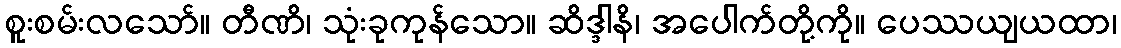
စူးစမ်းလသော်။ တီဏိ၊ သုံးခုကုန်သော။ ဆိဒ္ဒါနိ၊ အပေါက်တို့ကို။ ပေဿယျယထာ၊